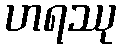
ဟရဿု